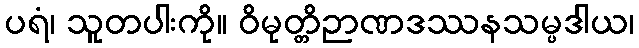
ပရံ၊ သူတပါးကို။ ဝိမုတ္တိဉာဏဒဿနသမ္ပဒါယ၊